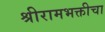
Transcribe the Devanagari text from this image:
श्रीरामभक्तीचा